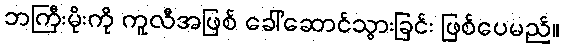
ဘကြီးမိုးကို ကူလီအဖြစ် ခေါ်ဆောင်သွားခြင်း ဖြစ်ပေမည်။